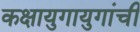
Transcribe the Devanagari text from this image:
कक्षायुगायुगांची